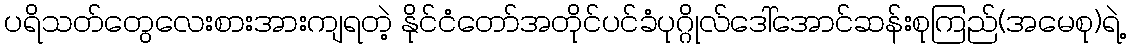
ပရိသတ်တွေလေးစားအားကျရတဲ့ နိုင်ငံတော်အတိုင်ပင်ခံပုဂ္ဂိုလ်ဒေါ်အောင်ဆန်းစုကြည်(အမေစု)ရဲ့